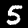
Label: 5